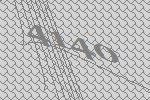
4140